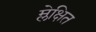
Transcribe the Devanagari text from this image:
म्लेक्षित